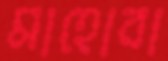
মাহোবা